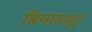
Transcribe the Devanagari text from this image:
बियामधून